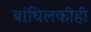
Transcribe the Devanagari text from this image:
बांधिलकीही